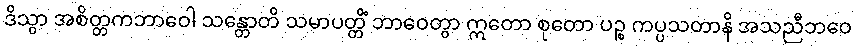
ဒိသွာ အစိတ္တကဘာဝေါ သန္တောတိ သမာပတ္တိံ ဘာဝေတွာ ဣတော စုတော ပဉ္စ ကပ္ပသတာနိ အသညီဘဝေ